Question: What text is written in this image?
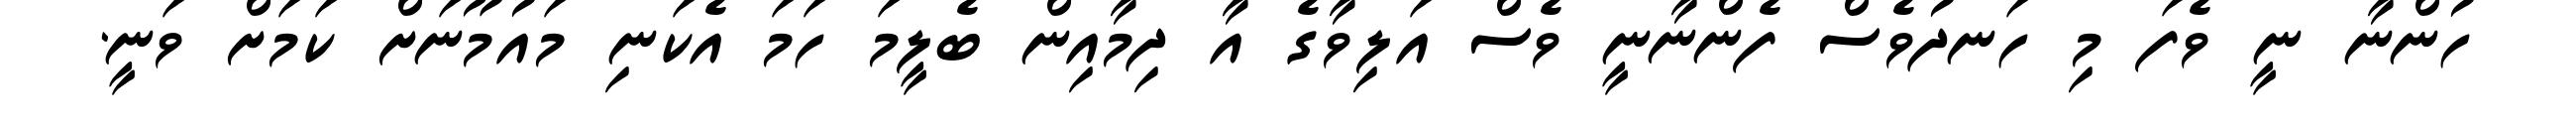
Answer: ހުންނާ ނީ ވެފަ މި ހަނދުވެސް ފެންނާނީ ވެސް އަލިވާގެ އާ ދިމާއިން ބެލީމަ ހަމަ އެކަނި މައުމޫނަށް ކަމަށް ވަނީ.